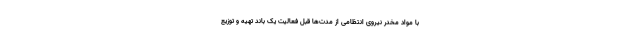
با مواد مخدر نیروی انتظامی از مدت‌ها قبل فعالیت یک باند تهیه و توزیع